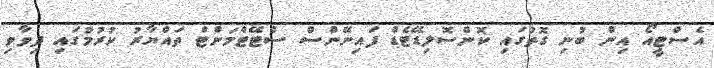
އެސްޓީއޯ އިން ބުނި ގޮތުގައި ކޮންސޮލިޑޭޓެޑް ފައިނޭންސް ސްޓޭޓްމަންޓް ތައްޔާރު ކުރުމުގައި ދިވާވި